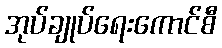
အုပ်ချုပ်ရေးကောင်စီ